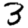
Digit: 3